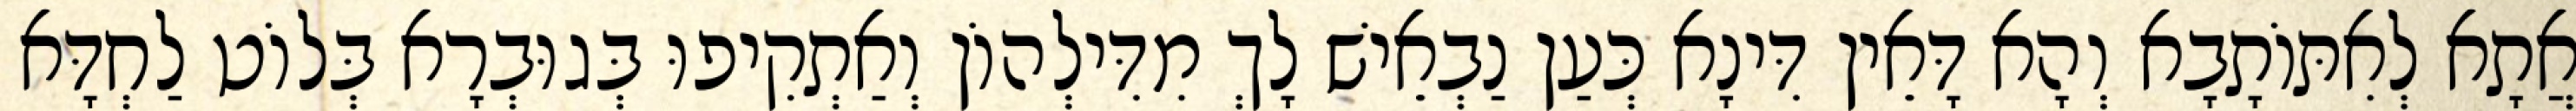
אֲתָא לְאִתּוֹתָבָא וְהָא דָּאֵין דִּינָא כְּעַן נַבְאֵישׁ לָךְ מִדִּילְהוֹן וְאַתְקִיפוּ בְּגוּבְרָא בְּלוֹט לַחְדָּא